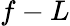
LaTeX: f-L